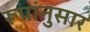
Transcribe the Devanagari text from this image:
रूपांनुसार